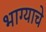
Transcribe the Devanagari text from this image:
भाग्याचे